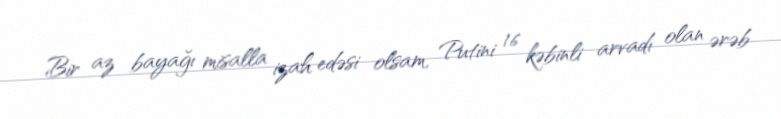
Bir az bayağı misalla izah edəsi olsam, Putini 16 kəbinli arvadı olan ərəb